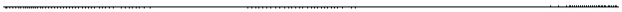
___